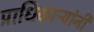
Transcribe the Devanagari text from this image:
प्राधिकाऱ्यांनी